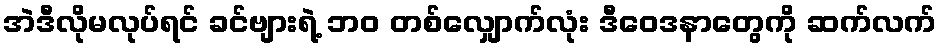
အဲဒီလိုမလုပ်ရင် ခင်ဗျားရဲ့ ဘဝ တစ်လျှောက်လုံး ဒီဝေဒနာတွေကို ဆက်လက်